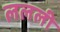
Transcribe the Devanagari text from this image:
ललली